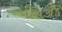
પીનકૉડ